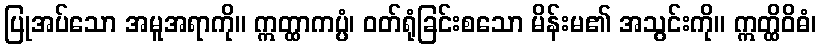
ပြုအပ်သော အမူအရာကို။ ဣတ္ထာကပ္ပံ၊ ဝတ်ရုံခြင်းစသော မိန်းမ၏ အသွင်းကို။ ဣတ္ထိဝိဓံ၊